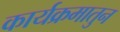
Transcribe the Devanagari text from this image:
कार्यक्रमातुन